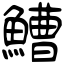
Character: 鰽